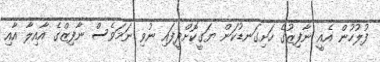
ފުލުހުން އެއީ ނާފިޒުގެ ހަށިގަނޑުކަން ޔަގީކޮށްދީފައި ނުވި ނަމަވެސް ނާފިޒްގެ އާއިލާ އާއި